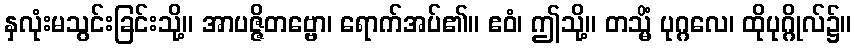
နှလုံးမသွင်းခြင်းသို့။ အာပဇ္ဇိတဗ္ဗော၊ ရောက်အပ်၏။ ဧဝံ၊ ဤသို့။ တသ္မိံ ပုဂ္ဂလေ၊ ထိုပုဂ္ဂိုလ်၌။